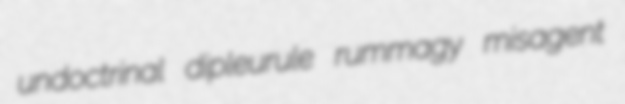
undoctrinal dipleurule rummagy misagent